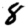
Digit: 8